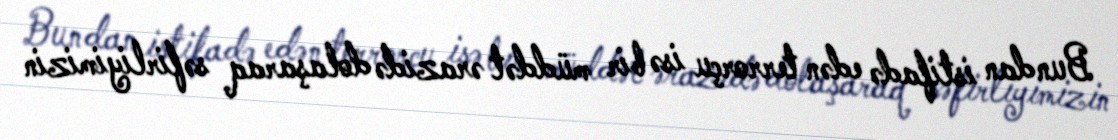
Bundan istifadə edən terrorçu isə bir müddət ərazidə dolaşaraq səfirliyimizin